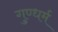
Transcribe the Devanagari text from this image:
गुण्धर्म